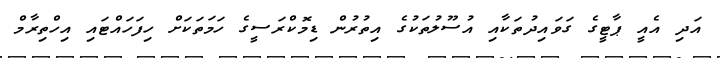
އަދި އެއީ ޕާޓީގެ ގަވައިދުތަކާއި އުސޫލުތަކުގެ އިތުރުން ޑިމޮކްރަސީގެ ހަމަތަކަށް ހިފަހައްޓައި އިހްތިރާމް